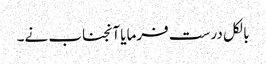
بالکل درست فرمایا آنجناب نے۔